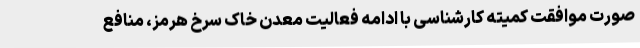
صورت موافقت کمیته کارشناسی با ادامه فعالیت معدن خاک سرخ هرمز، منافع